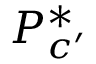
P _ { c ^ { \prime } } ^ { * }